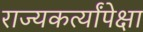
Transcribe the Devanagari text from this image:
राज्यकर्त्यांपेक्षा